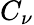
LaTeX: C_{\nu}